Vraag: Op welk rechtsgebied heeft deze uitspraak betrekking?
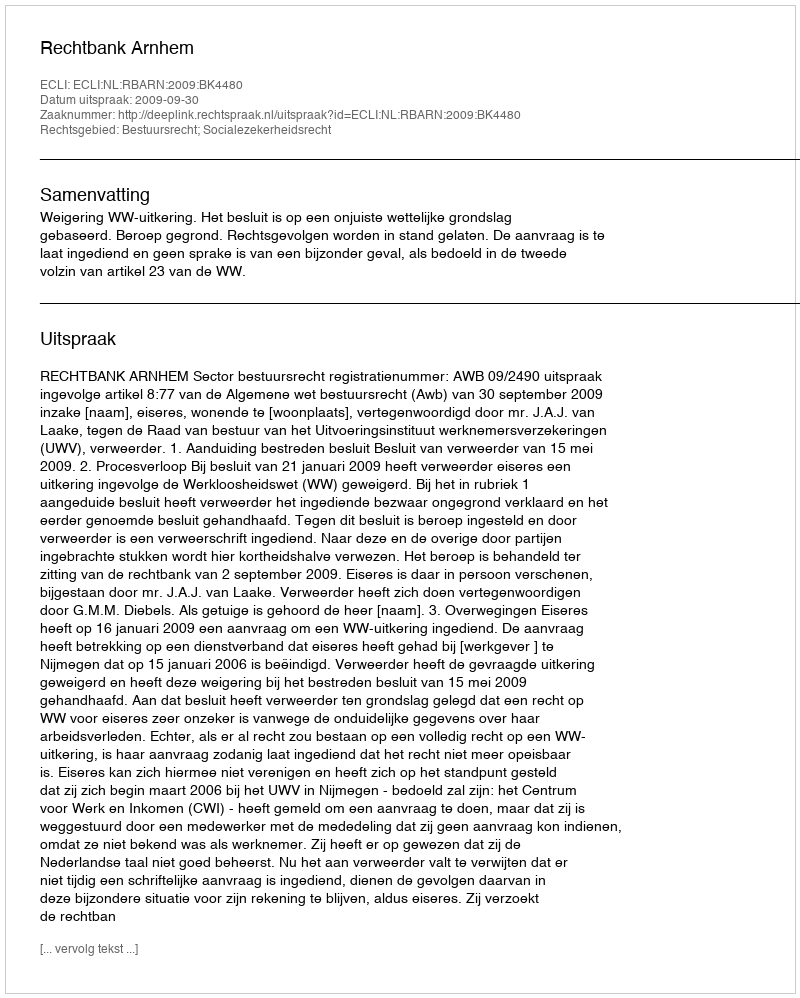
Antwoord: Bestuursrecht; Socialezekerheidsrecht